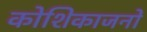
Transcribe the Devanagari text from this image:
कोशिकाजनों